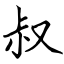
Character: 叔